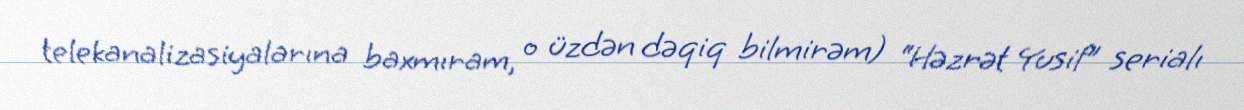
telekanalizasiyalarına baxmıram, o üzdən dəqiq bilmirəm) “Həzrət Yusif” serialı